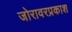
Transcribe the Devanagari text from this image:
जोरावरप्रकाश